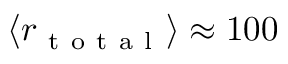
\langle r _ { \mathrm { ~ t ~ o ~ t ~ a ~ l ~ } } \rangle \approx 1 0 0